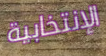
الإنتخابية